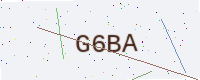
Text: G6BA